Statistical return of the lunatic asylum in Assam - 1912-1932
Year: 1912
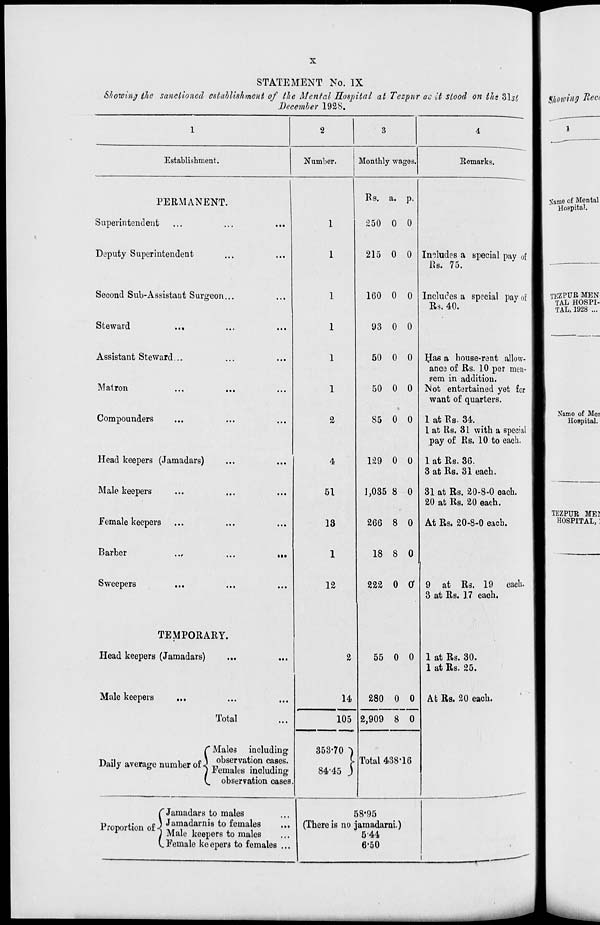
STATEMENT No. IX
Sl/owinj the sanctioned establishment of the Mental Hospital at Tezpnr ac it stood on ths Zlsl
December 1928.
Establishment.
4
Number.
PERMANENT.
Superintendent
Deputy Superintendent
Second Sub-Assistant Surgeon..
Steward
...
Assistant Steward...
Matron
Compounders
Head keepers (Jamadars)
Male keepers
Female keepers
Barber
Sweepers
TEMPORARY.
Head keepers (Jamadars)
Male keepers
Total
• »•
C Males including
Daily average number of \ observation cases.
&
] Females including
V. observation cases.
Monthly wages.
Remarks.
1
1
1
1
51
18
1
12
Rs. a. p.
250 0 0
215 0 0
160 0 0
93 0 0
50 0 0
50 0 0
85 0 0
Includes a special pay of
Us. 75.
Includes a special pay of
Rs. 40.
129 0 0
1,035 8 0
266 8 0
18 8 0
IJas a bouse-rent allow-
ance of Rs. 10 per men-
Fern in addition.
Not entertained yet for
want of quarters.
1 at Rs- 34.
1 at Rs. 31 with a special
pay of Rs. 10 to each.
1 at Rs. 36.
3 at Rs. 31 each.
31 at Rs. 20-8-0 each.
20 at Rs. 20 each.
At Rs. 20-8-0 each.
222 0 Of
2
14
105
35370
84-45
55 0 0
280 0 0
2,909 8 0
9 at Rs. 19 each.
3 at Rs. 17 eaoh.
1 at Rs. 30.
1 at Rs. 25.
At Rs. 20 each.
Total 438-16
C Jamadars to males
Proportion of \ Jjnjadarnis to females
...
r
I Male keepers to males
L Female ke epers to females ...
58-95
(There is no jamadami.)
541
6"50
TKZPUR MEN
TAL HOSPI-
TAL, 1928 ...
TEZPTJR MEI
HOSPITAL, :